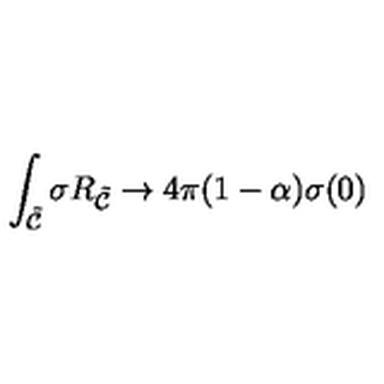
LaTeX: \int _ { { \tilde { \cal C } } } \sigma R _ { { \tilde { \cal C } } } \rightarrow 4 \pi ( 1 - \alpha ) \sigma ( 0 )